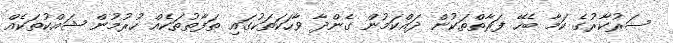
ސަރުކާރުގެ ކަމާ ބެހޭ ފަރާތްތަކުން ދައްކަމުން ގެންދާ ވާހަކަތަކުގައި ތަފާތުތަކެއް ހުރުމުން ޝައްކުތަކެއް